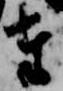
奉